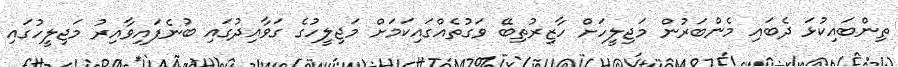
ތިންބައިކުޅަ ދެބައި މެންބަރުން މަޖިލީހަށް ހާޒިރުތިބޭ ވަގުތެއްގައިކަމަށް މަޖިލީހުގެ ގަވާއިދުގައި ބުނެފައިވާއިރު މަޖިލީހުގައި